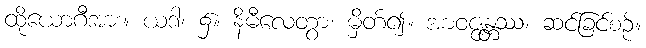
ထိုယောဂီအား။ ယဒါ၊ ၌။ နိမီလေတွာ၊ မှိတ်၍။ အာဝဇ္ဇန္တဿ၊ ဆင်ခြင်စဉ်။